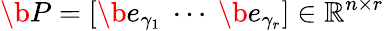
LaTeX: \b{P}=\left[\b{e}_{{\gamma}_{1}}\ \cdots\ \b{e}_{{\gamma}_{r}}\right]\in\mathbb{R}^{n\times r}